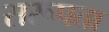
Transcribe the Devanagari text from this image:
सरूपता